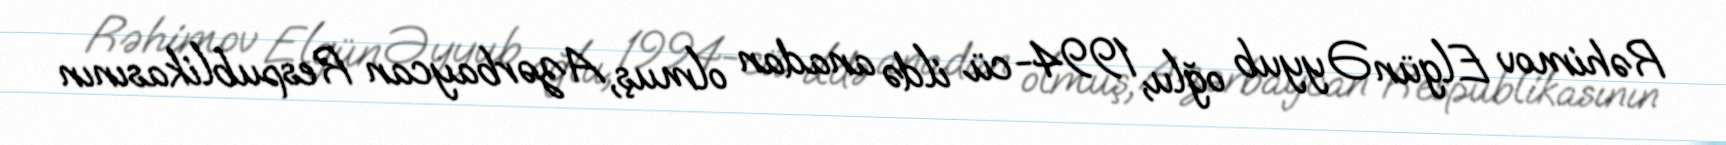
Rəhimov Elgün Əyyub oğlu, 1994-cü ildə anadan olmuş, Azərbaycan Respublikasının